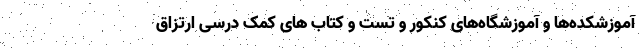
آموزشکده‌ها و آموزشگاه‌های کنکور و تست و کتاب های کمک درسی ارتزاق